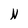
Character: N